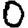
Digit: 0